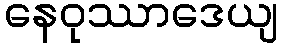
နေဝုဿာဒေယျ